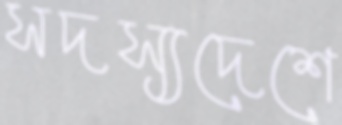
সদস্যদেশে